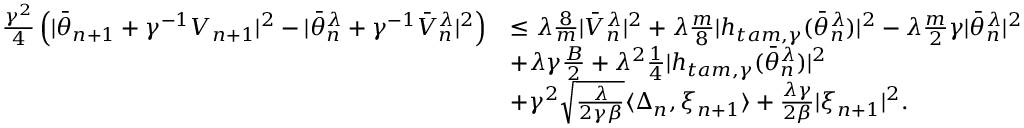
\begin{array} { r l } { \frac { \gamma ^ { 2 } } { 4 } \left( | \bar { \theta } _ { n + 1 } + \gamma ^ { - 1 } V _ { n + 1 } | ^ { 2 } - | \bar { \theta } _ { n } ^ { \lambda } + \gamma ^ { - 1 } \bar { V } _ { n } ^ { \lambda } | ^ { 2 } \right) } & { \leq \lambda \frac { 8 } { m } | \bar { V } _ { n } ^ { \lambda } | ^ { 2 } + \lambda \frac { m } { 8 } | h _ { t a m , \gamma } ( \bar { \theta } _ { n } ^ { \lambda } ) | ^ { 2 } - \lambda \frac { m } { 2 } \gamma | \bar { \theta } _ { n } ^ { \lambda } | ^ { 2 } } \\ & { + \lambda \gamma \frac { B } { 2 } + \lambda ^ { 2 } \frac { 1 } { 4 } | h _ { t a m , \gamma } ( \bar { \theta } _ { n } ^ { \lambda } ) | ^ { 2 } } \\ & { + \gamma ^ { 2 } \sqrt { \frac { \lambda } { 2 \gamma \beta } } \langle \Delta _ { n } , \xi _ { n + 1 } \rangle + \frac { \lambda \gamma } { 2 \beta } | \xi _ { n + 1 } | ^ { 2 } . } \end{array}